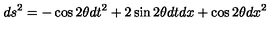
d s ^ { 2 } = - \cos 2 \theta d t ^ { 2 } + 2 \sin 2 \theta d t d x + \cos 2 \theta d x ^ { 2 }